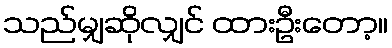
သည်မျှဆိုလျှင် ထားဦးတော့။